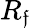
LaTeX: R_{\mathfrak{f}}